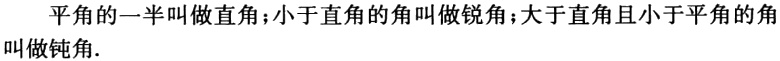
平角的一半叫做直角；小于直角的角叫做锐角；大于直角且小于平角的角叫做钝角.